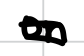
Text: on
Cross-out: mix
Writing tool: digital_black